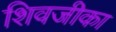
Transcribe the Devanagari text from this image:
शिवजीका